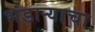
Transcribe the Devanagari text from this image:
भंडार्‍याचा